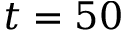
t = 5 0